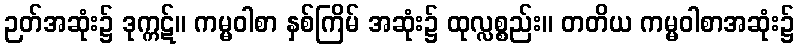
ဉတ်အဆုံး၌ ဒုက္ကဋ်။ ကမ္မဝါစာ နှစ်ကြိမ် အဆုံး၌ ထုလ္လစ္စည်း။ တတိယ ကမ္မဝါစာအဆုံး၌